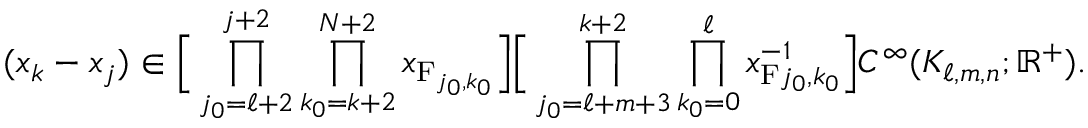
( x _ { k } - x _ { j } ) \in \Big [ \prod _ { j _ { 0 } = \ell + 2 } ^ { j + 2 } \prod _ { k _ { 0 } = k + 2 } ^ { N + 2 } x _ { \mathrm { F } _ { j _ { 0 } , k _ { 0 } } } \Big ] \Big [ \prod _ { j _ { 0 } = \ell + m + 3 } ^ { k + 2 } \prod _ { k _ { 0 } = 0 } ^ { \ell } x _ { \mathrm { F } { j _ { 0 } , k _ { 0 } } } ^ { - 1 } \Big ] C ^ { \infty } ( K _ { \ell , m , n } ; \mathbb { R } ^ { + } ) .